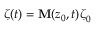
\boldsymbol { \zeta } ( t ) = \mathbf { M } ( \boldsymbol { z } _ { 0 } , t ) \boldsymbol { \zeta } _ { 0 }